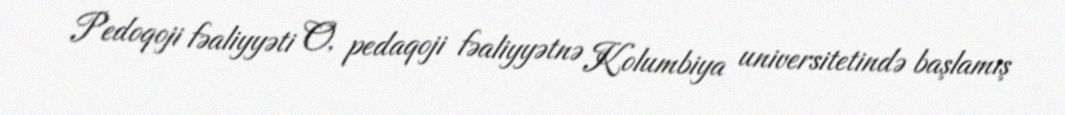
Pedoqoji fəaliyyəti O, pedaqoji fəaliyyətnə Kolumbiya universitetində başlamış